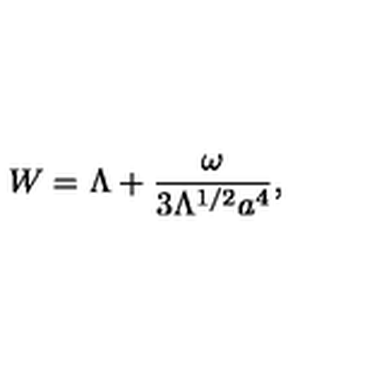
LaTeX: W = \Lambda + \frac { \omega } { 3 \Lambda ^ { 1 / 2 } a ^ { 4 } } ,